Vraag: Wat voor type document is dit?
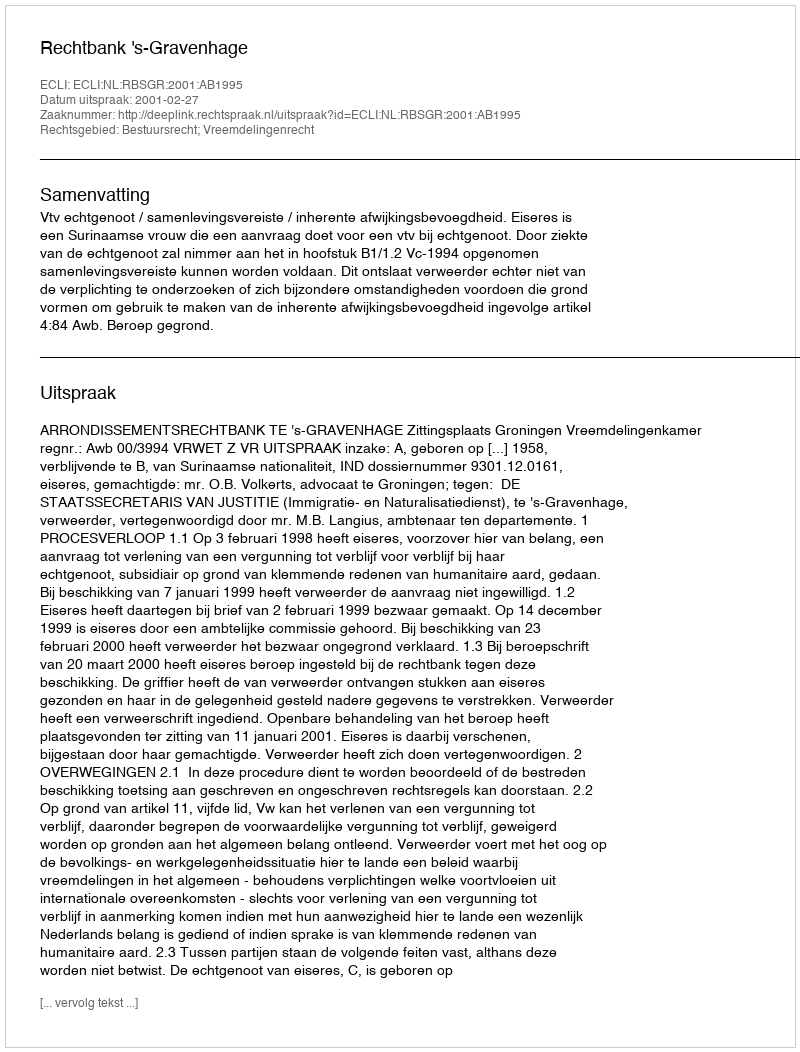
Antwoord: Uitspraak